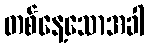
တစ်နေ့သောအခါ